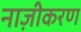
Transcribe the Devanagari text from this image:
नाज़ीकरण